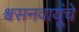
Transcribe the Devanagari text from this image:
श्वसनवायूंचे